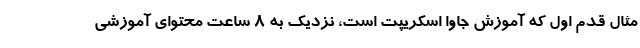
مثال قدم اول که آموزش جاوا اسکریپت است، نزدیک به ۸ ساعت محتوای آموزشی